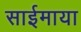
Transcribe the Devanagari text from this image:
साईमाया